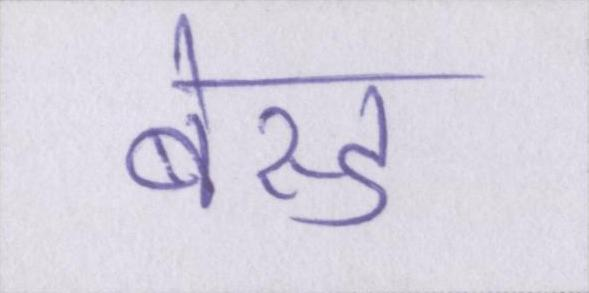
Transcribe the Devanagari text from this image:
बेस्ड